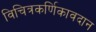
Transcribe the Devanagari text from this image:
विचित्रकर्णिकावदान